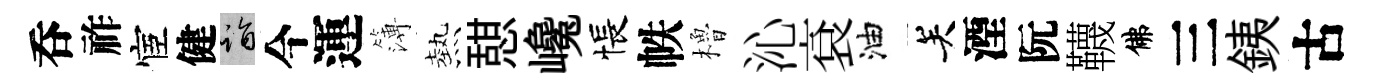
呑祚宦健诣今運簿熱憇巉悵帙櫓沁袞油关湮阮韈佛三銕古